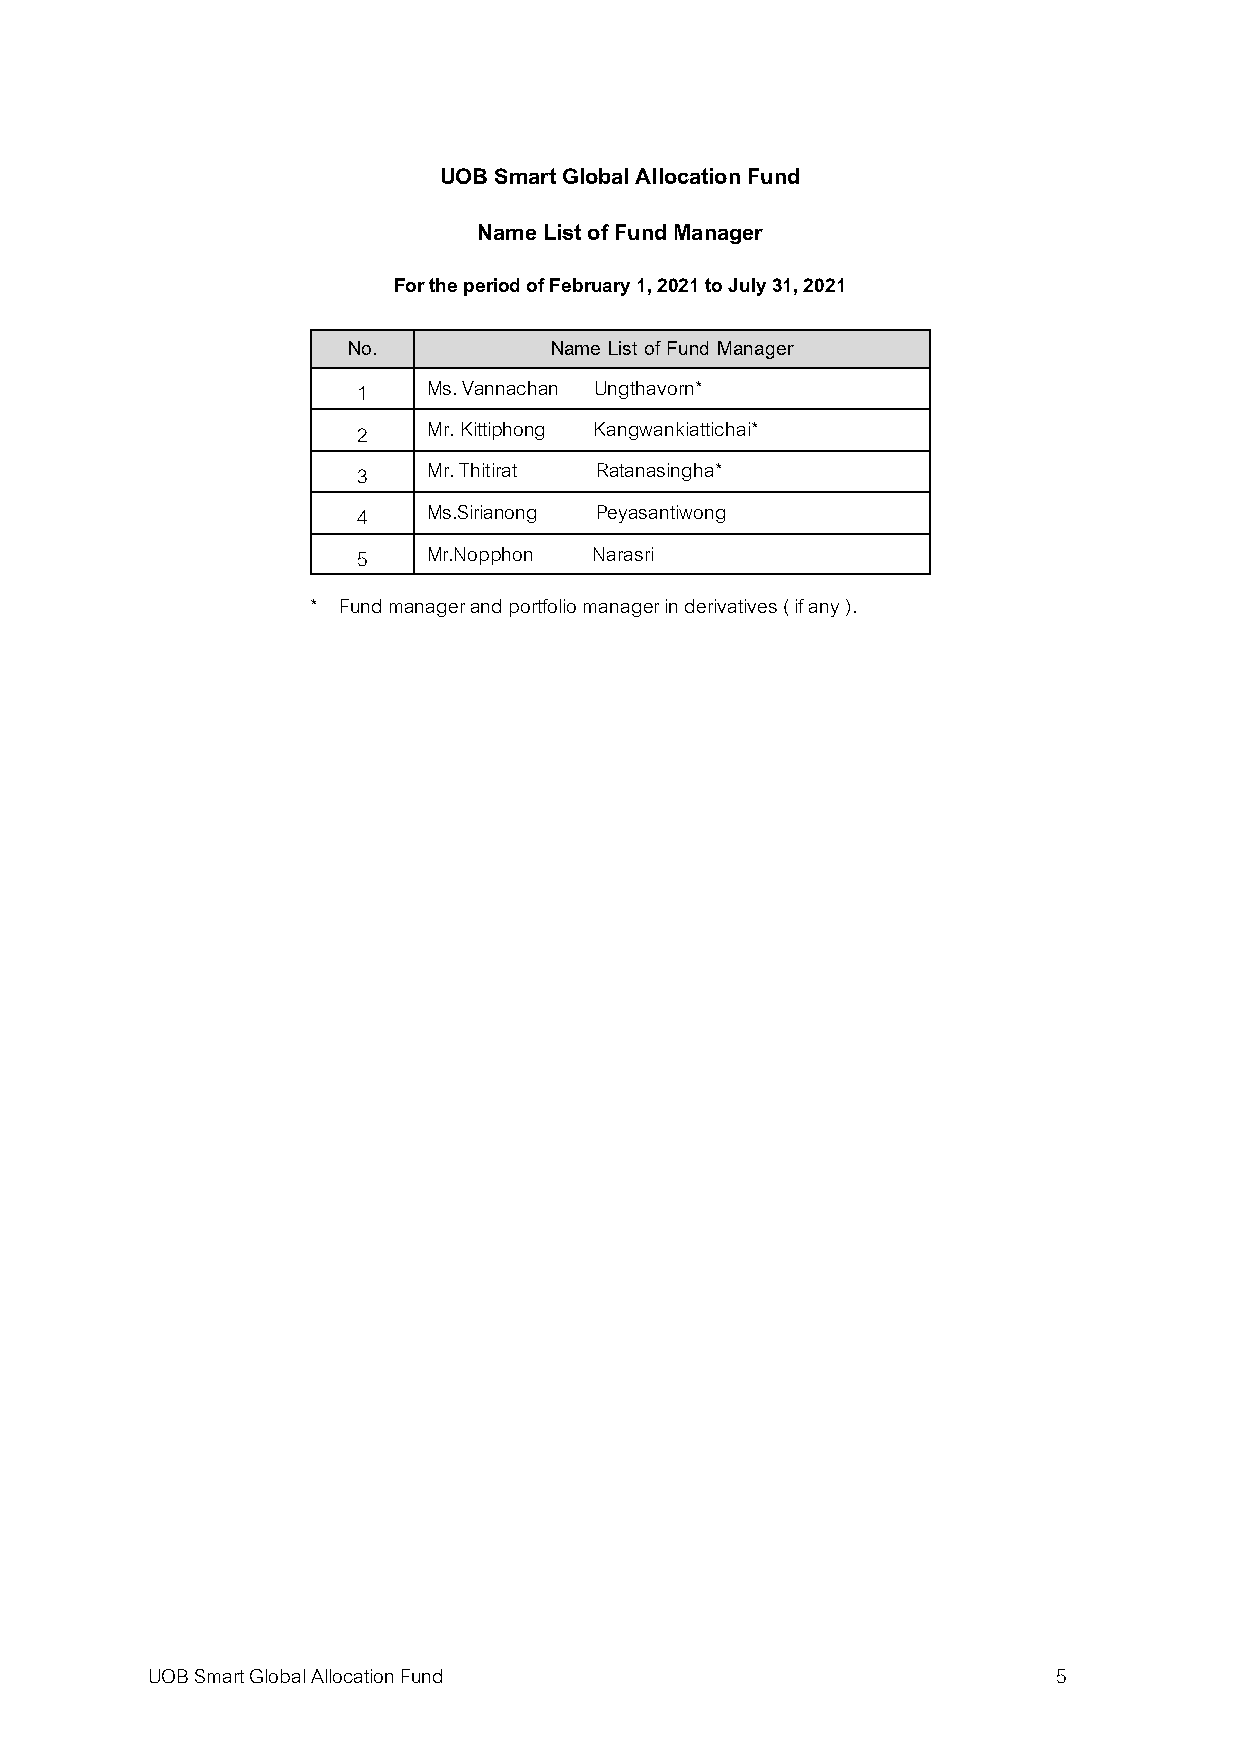
UOB Smart Global Allocation Fund
 Name List of Fund Manager
 For the period of February 1, 2021 to July 31, 2021
 No.          Name List of Fund Manager
 1   Ms. Vannachan Ungthavorn*
 2   Mr. Kittiphong Kangwankiattichai*
 3   Mr. Thitirat Ratanasingha*
 4   Ms.Sirianong Peyasantiwong
 5   Mr.Nopphon Narasri
 * Fund manager and portfolio manager in derivatives ( if any ).
 UOB Smart Global Allocation Fund                            5